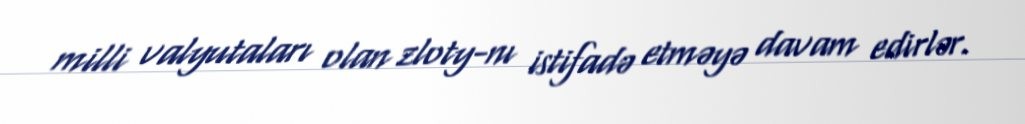
milli valyutaları olan zloty-nı istifadə etməyə davam edirlər.